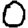
Digit: 0